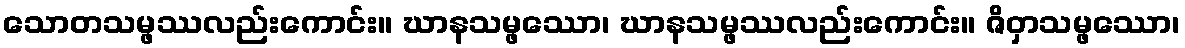
သောတသမ္ဖဿလည်းကောင်း။ ဃာနသမ္ဖဿော၊ ဃာနသမ္ဖဿလည်းကောင်း။ ဇိဝှာသမ္ဖဿော၊